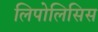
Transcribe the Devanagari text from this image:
लिपोलिसिस